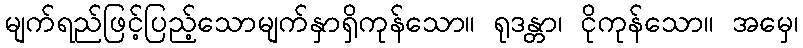
မျက်ရည်ဖြင့်ပြည့်သောမျက်နှာရှိကုန်သော။ ရုဒန္တာ၊ ငိုကုန်သော။ အမှေ၊